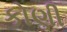
કોણી